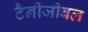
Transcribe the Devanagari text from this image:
टैनीजीबल